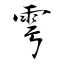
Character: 雩